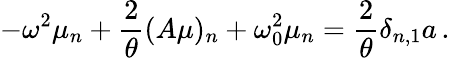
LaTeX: -\omega^{2}\mu_{n}+\frac 2\theta(A\mu)_{n}+\omega_{0}^{2}\mu_{n}=\frac 2\theta\delta_{n,1}a\, .